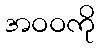
အဝဝကို